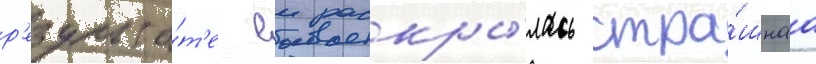
р'езульта́т'е еи раскры́лась стра́шнаа